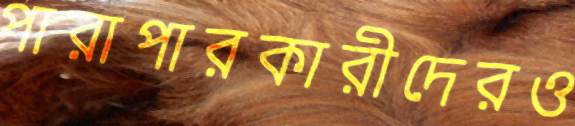
পারাপারকারীদেরও